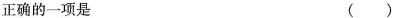
正确的一项是 ()